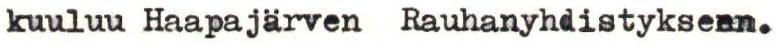
kuuluu Haapajärven Rauhanyhdistykseen.